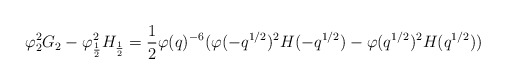
\begin{align*} \varphi_2^2G_2-\varphi_\frac{1}{2}^2H_\frac{1}{2} = \dfrac{1}{2}\varphi(q)^{-6}(\varphi(-q^{1/2})^2H(-q^{1/2})-\varphi(q^{1/2})^2H(q^{1/2}))\end{align*}